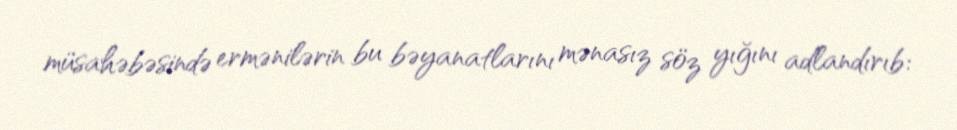
müsahəbəsində ermənilərin bu bəyanatlarını mənasız söz yığını adlandırıb: